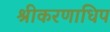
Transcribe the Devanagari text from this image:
श्रीकरणाधिप